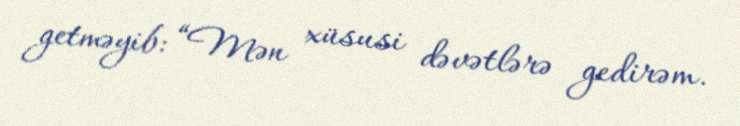
getməyib: “Mən xüsusi dəvətlərə gedirəm.